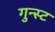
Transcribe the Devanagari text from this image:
गुन्स्ट